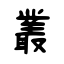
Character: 叢